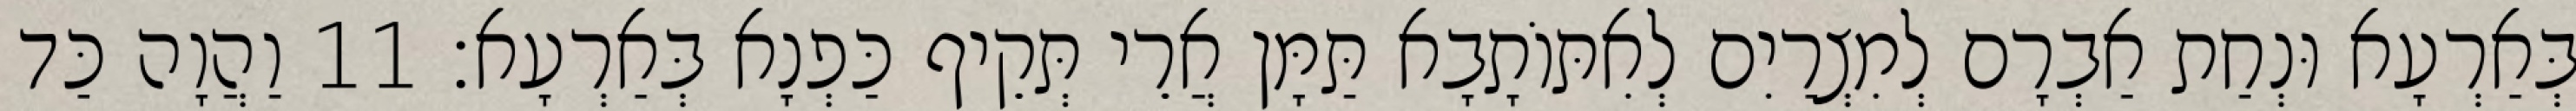
בְּאַרְעָא וּנְחַת אַבְרָם לְמִצְרַיִם לְאִתּוֹתָבָא תַּמָּן אֲרֵי תְּקֵיף כַּפְנָא בְּאַרְעָא׃ 11 וַהֲוָה כַּד